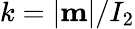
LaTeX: k=|{\mathbf m}|/I_{2}